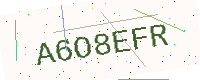
Text: A6O8EFR